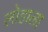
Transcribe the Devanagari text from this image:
लोहाला